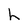
Character: h